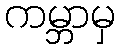
ကမ္ဘာမှ